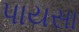
પાયસા